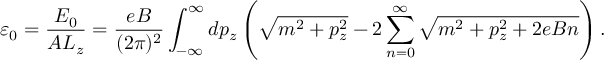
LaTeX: \varepsilon _ { 0 } = \frac { E _ { 0 } } { A L _ { z } } = \frac { e B } { ( 2 \pi ) ^ { 2 } } \int _ { - \infty } ^ { \infty } d p _ { z } \left( \sqrt { m ^ { 2 } + p _ { z } ^ { 2 } } - 2 \sum _ { n = 0 } ^ { \infty } \sqrt { m ^ { 2 } + p _ { z } ^ { 2 } + 2 e B n } \right) .